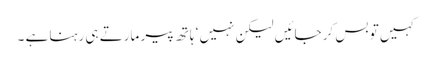
کہیں تو بس کر جائیں لیکن نہیں ‘ ہاتھ پیر مارتے ہی رہنا ہے ۔